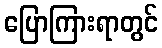
ပြောကြားရာတွင်